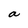
Character: a